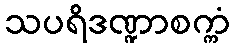
သပရိဒဏ္ဍာစက္ကံ